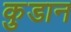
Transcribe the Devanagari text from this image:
कुडान